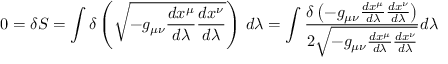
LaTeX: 0 = \delta S = \int \delta \left( { \sqrt { - g _ { \mu \nu } { \frac { d x ^ { \mu } } { d \lambda } } { \frac { d x ^ { \nu } } { d \lambda } } } } \right) \, d \lambda = \int { \frac { \delta \left( - g _ { \mu \nu } { \frac { d x ^ { \mu } } { d \lambda } } { \frac { d x ^ { \nu } } { d \lambda } } \right) } { 2 { \sqrt { - g _ { \mu \nu } { \frac { d x ^ { \mu } } { d \lambda } } { \frac { d x ^ { \nu } } { d \lambda } } } } } } d \lambda